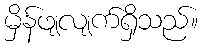
မှိန်ဖျလျက်ရှိသည်။